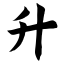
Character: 升